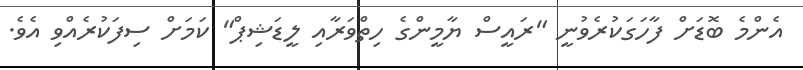
އެންމެ ބޮޑަށް ފާހަގަކުރެވުނީ "ރައީސް ޔާމީންގެ ހިތްވަރާއި ލީޑަޝިޕް" ކަމަށް ސިފަކުރެއްވި އެވެ.